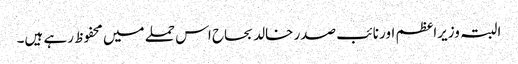
البتہ وزیراعظم اور نائب صدر خالد بحاح اس حملے میں محفوظ رہے ہیں۔